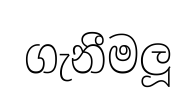
ගැනීමලූ